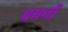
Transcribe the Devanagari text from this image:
पपनी